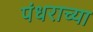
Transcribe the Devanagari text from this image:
पंधराच्या